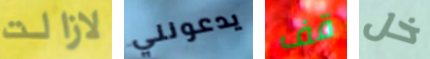
لازالت يدعونني قف خل